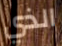
الذي